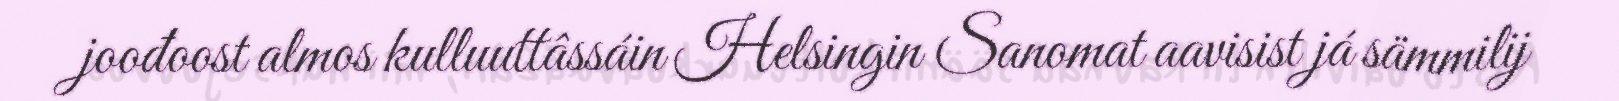
joođoost almos kulluuttâssáin Helsingin Sanomat aavisist já sämmilij